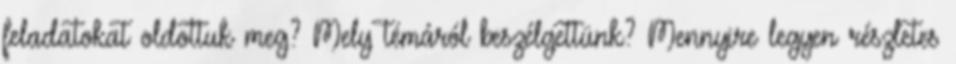
feladatokat oldottuk meg? Mely témáról beszélgettünk? Mennyire legyen részletes